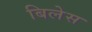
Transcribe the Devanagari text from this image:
बिलेस